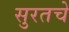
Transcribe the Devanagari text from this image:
सुरतचे